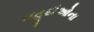
યહૂદીઓના